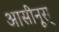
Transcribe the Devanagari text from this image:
आसीनूस्